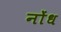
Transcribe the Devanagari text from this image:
नोंध